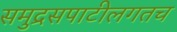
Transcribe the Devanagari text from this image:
समुद्रसपाटीलगतच